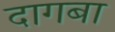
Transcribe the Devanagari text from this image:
दागबा